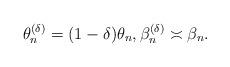
LaTeX: \begin{align*} \theta_n^{(\delta)}=(1-\delta)\theta_n,\beta_n^{(\delta)}\asymp\beta_n.\end{align*}